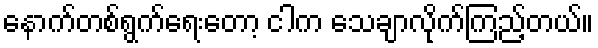
နောက်တစ်ရွက်ရေးတော့ ငါက သေချာလိုက်ကြည့်တယ်။